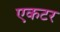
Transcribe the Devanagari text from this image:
एकटर